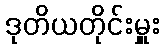
ဒုတိယတိုင်းမှူး